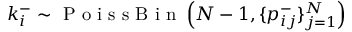
k _ { i } ^ { - } \sim \mathrm { ~ P ~ o ~ i ~ s ~ s ~ B ~ i ~ n ~ } \left( N - 1 , \{ p _ { i j } ^ { - } \} _ { j = 1 } ^ { N } \right)